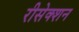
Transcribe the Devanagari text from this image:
रीसेक्शन